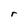
Character: r